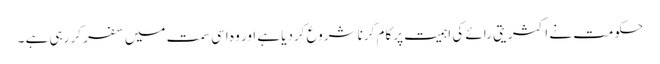
حکومت نے اکثریتی رائے کی اہمیت پر کام کرنا شروع کردیا ہے اور وہ اسی سمت میں سفر کر رہی ہے ۔